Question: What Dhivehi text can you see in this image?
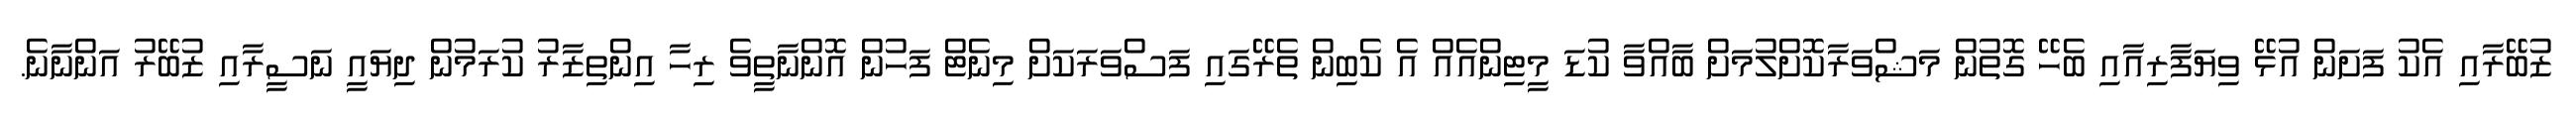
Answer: ޒުބޭރާއި އެކު ފަށަން އުޅޭ ވިޔަފާރިއާއި ބެހޭ ގޮތުން މަޝްވަރާކޮށްލުމަށް ބާއްވާ ކުޑަ މީޓިންއެއް އެ ކެބިން ތެރޭގައި ފަސްވަރަކަށް މިނެޓް ފަހުން އޮންނާތީވެ ރިހާ އިންތިޒާރު ކުރަމުން ދިޔައީ ނަސީރާއި ޒުބޭރު އަންނާނެ.